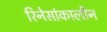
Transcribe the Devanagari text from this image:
रिनेसांकालीन